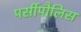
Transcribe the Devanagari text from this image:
पर्सीपौलिस